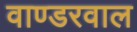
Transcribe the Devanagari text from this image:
वाण्डरवाल